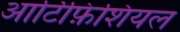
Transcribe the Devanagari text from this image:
आर्टिफ़िशियल